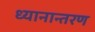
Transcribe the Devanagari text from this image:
ध्यानान्तरण